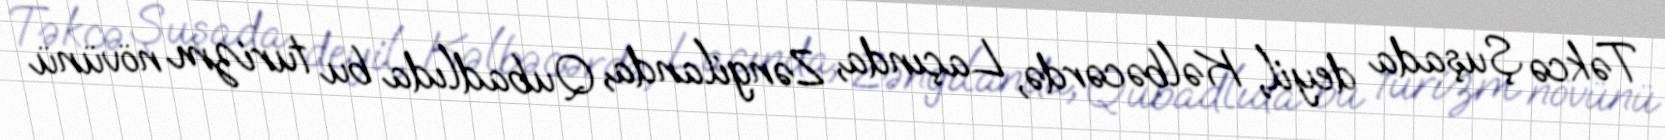
Təkcə Şuşada deyil, Kəlbəcərdə, Laçında, Zəngilanda, Qubadlıda bu turizm növünü